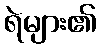
ရဲများ၏